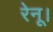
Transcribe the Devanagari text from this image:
रेनू।